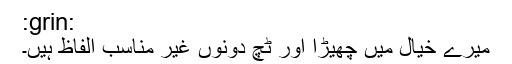
:grin:
میرے خیال میں چھیڑا اور ٹچ دونوں غیر مناسب الفاظ ہیں۔